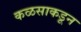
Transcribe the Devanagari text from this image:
कळसाकडून